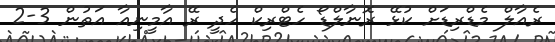
ރެއާލް މެޑްރިޑަށް ކުޅޭ ރޮނާލްޑޯ ހެޓްރިކް ހެދީ ރޭ އާމީނިއާ އަތުން 3-2